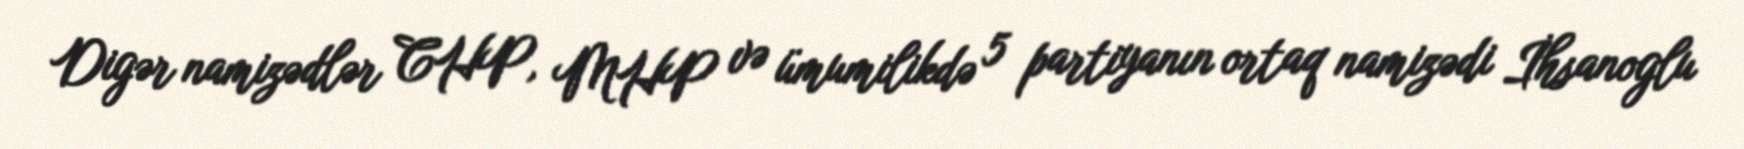
Digər namizədlər CHP, MHP və ümumilikdə 5 partiyanın ortaq namizədi İhsanoglu